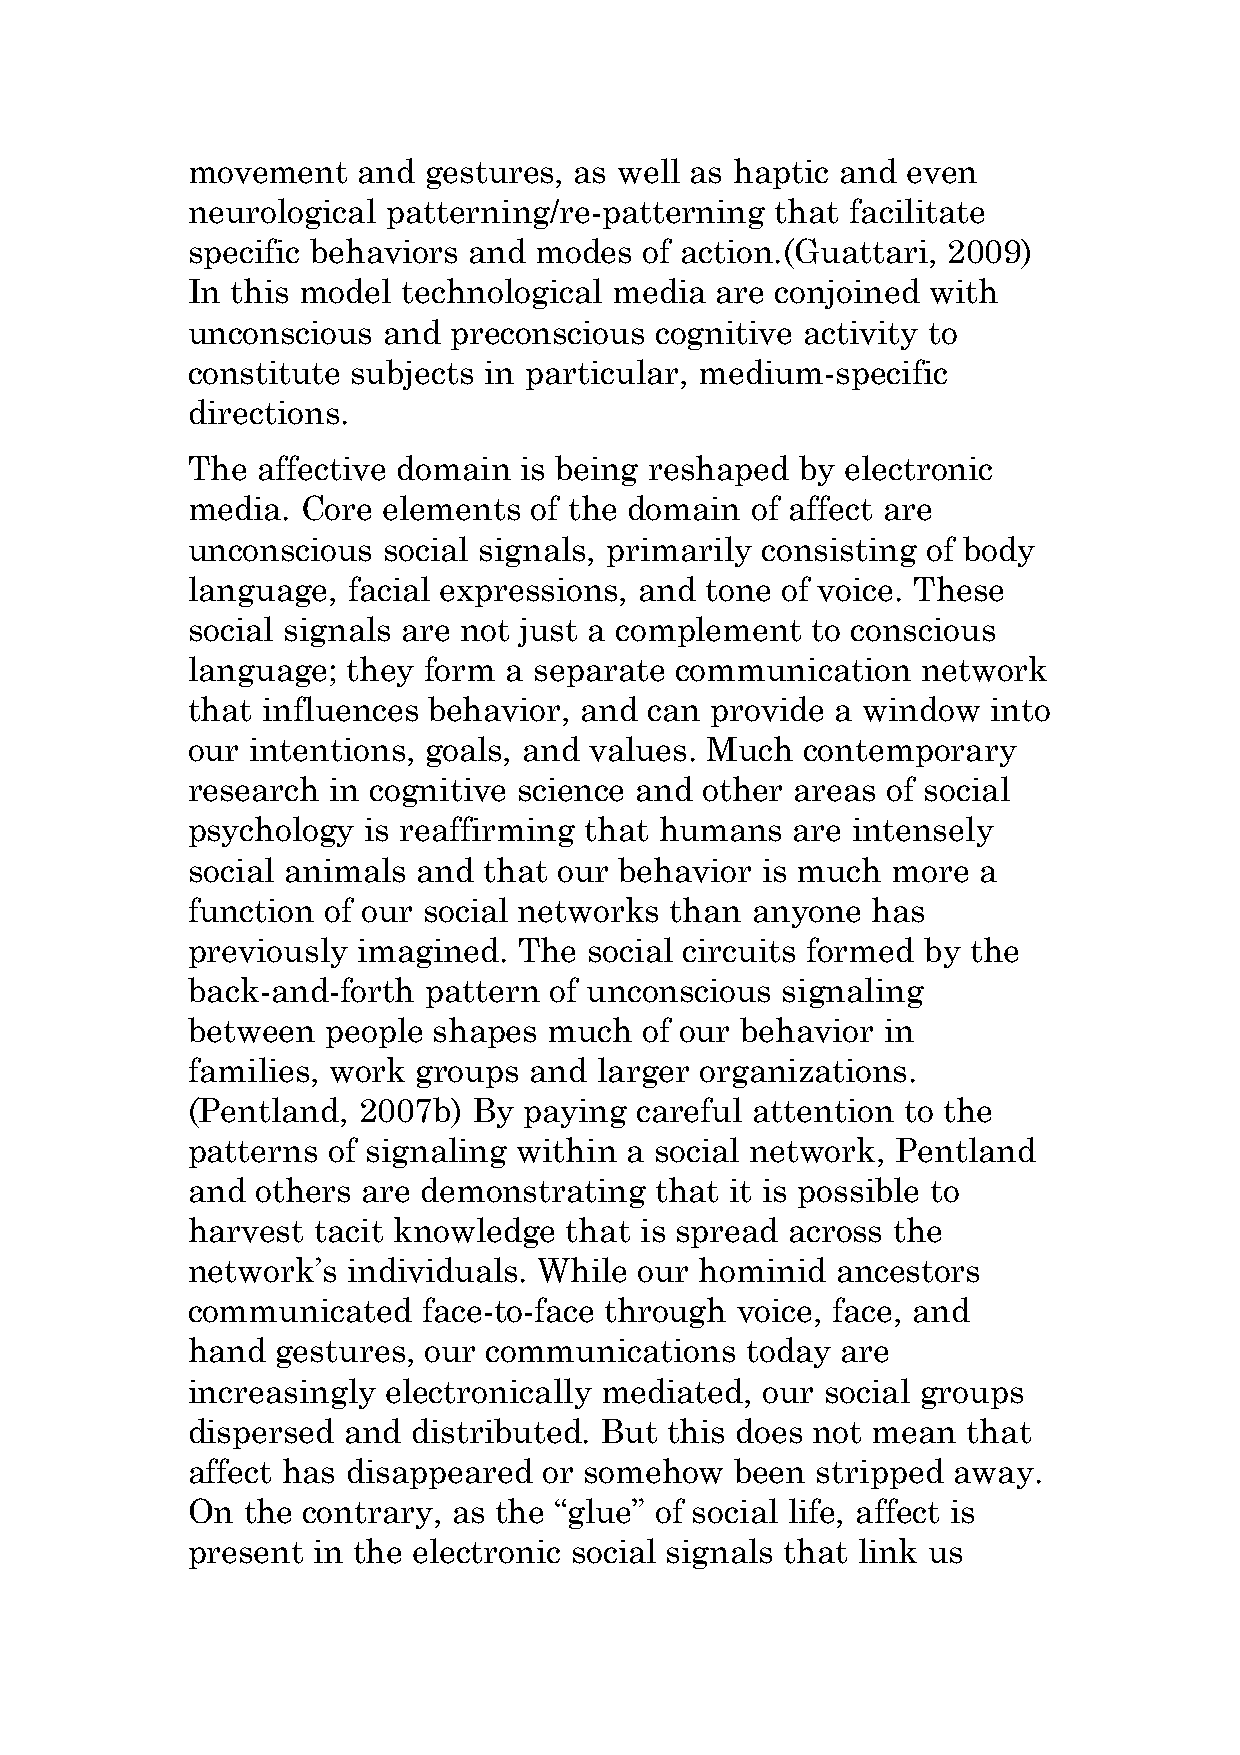
movement    and gestures, as well as haptic and even
 neurological  patterning/re-patterning that facilitate
 specific behaviors and modes   of action.(Guattari, 2009)
 In this model  technological media are conjoined with
 unconscious  and  preconscious cognitive activity to
 constitute subjects in particular, medium-specific
 directions.
 The  affective domain is being reshaped  by electronic
 media.  Core elements  of the domain  of affect are
 unconscious  social signals, primarily consisting of body
 language,  facial expressions, and tone of voice. These
 social signals are not just a complement  to conscious
 language;  they form a separate  communication   network
 that influences behavior, and  can provide a window   into
 our intentions, goals, and values. Much  contemporary
 research  in cognitive science and other areas of social
 psychology  is reaffirming that humans  are intensely
 social animals  and that our behavior is much  more  a
 function of our social networks than  anyone  has
 previously  imagined. The  social circuits formed by the
 back-and-forth  pattern of unconscious  signaling
 between   people shapes much   of our behavior in
 families, work  groups and larger organizations.
 (Pentland,  2007b) By  paying careful attention to the
 patterns  of signaling within a social network, Pentland
 and  others are demonstrating  that it is possible to
 harvest  tacit knowledge that is spread across the
 network’s  individuals. While our hominid  ancestors
 communicated    face-to-face through voice, face, and
 hand  gestures, our communications   today  are
 increasingly electronically mediated, our  social groups
 dispersed  and distributed. But this does not mean  that
 affect has disappeared  or somehow   been stripped away.
 On  the contrary, as the “glue” of social life, affect is
 present  in the electronic social signals that link us